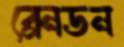
ব্রেনডন